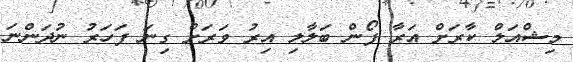
މިޝްއަލް ކާރަށް އަރާ ފޯން ބަލާލި އިރު ވަރަށް ގިނަ ފަހަރު ނުދަންނަ